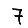
Digit: 7